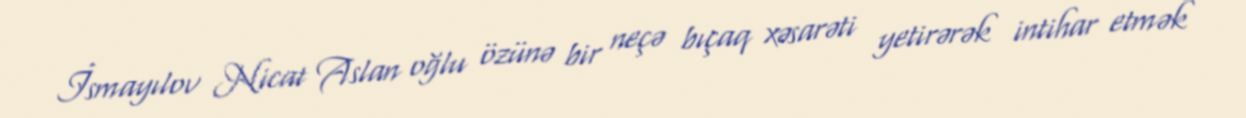
İsmayılov Nicat Aslan oğlu özünə bir neçə bıçaq xəsarəti yetirərək intihar etmək